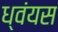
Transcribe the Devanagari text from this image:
ध्वंयस